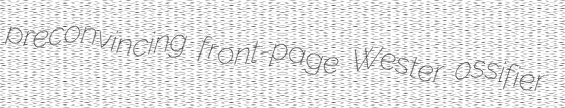
preconvincing front-page Wester ossifier